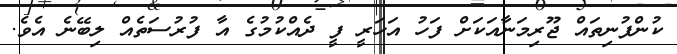
ކުންފުނިތައް ޖޫރިމަނާއަކަށް ފަހު އަހަރީ ފީ ދެއްކުމުގެ އާ ފުރުސަތެއް ލިބޭނެ އެވެ.